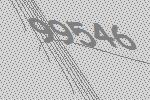
99546